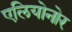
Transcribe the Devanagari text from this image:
एलियोनोर